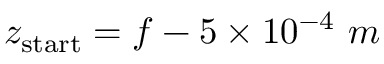
z _ { \mathrm { s t a r t } } = f - 5 \times 1 0 ^ { - 4 } ~ m